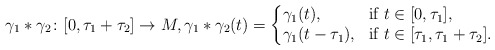
\begin{align*}\gamma_1*\gamma_2\colon [0,\tau_1+\tau_2]\to M,\gamma_1*\gamma_2(t)=\left\{ \begin{array}{@{}ll} \gamma_1(t), & \mbox{if }t\in[0,\tau_1], \\ \gamma_1(t-\tau_1), & \mbox{if }t\in[\tau_1,\tau_1+\tau_2]. \end{array}\right.\end{align*}